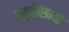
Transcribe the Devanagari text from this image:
स्मृतिछाया